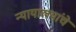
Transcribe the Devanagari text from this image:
न्यायालयांचे